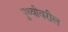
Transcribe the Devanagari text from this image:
पृुथ्वीवरील